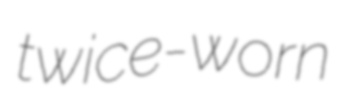
twice-worn